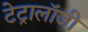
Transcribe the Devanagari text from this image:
टेट्रालॉजी